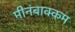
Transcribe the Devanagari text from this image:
मीनंबाक्कम